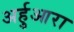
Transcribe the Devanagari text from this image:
अर्हुआरा